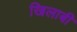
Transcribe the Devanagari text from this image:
खिलाबी